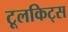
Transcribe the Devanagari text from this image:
टूलकिट्स